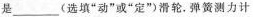
是___(选填”动”或”定”)滑轮。弹簧测力计